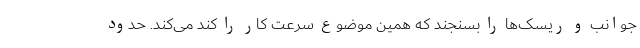
جوانب و ریسک‌ها را بسنجند که همین موضوع سرعت کار را کند می‌کند. حدود